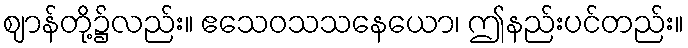
ဈာန်တို့၌လည်း။ ဧသေဝသသနေယော၊ ဤနည်းပင်တည်း။